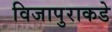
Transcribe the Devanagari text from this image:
विजापुराकडे